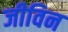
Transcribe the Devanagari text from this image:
जीविन